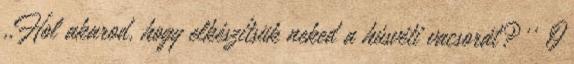
,,Hol akarod, hogy elkészítsük neked a húsvéti vacsorát?'' Ő